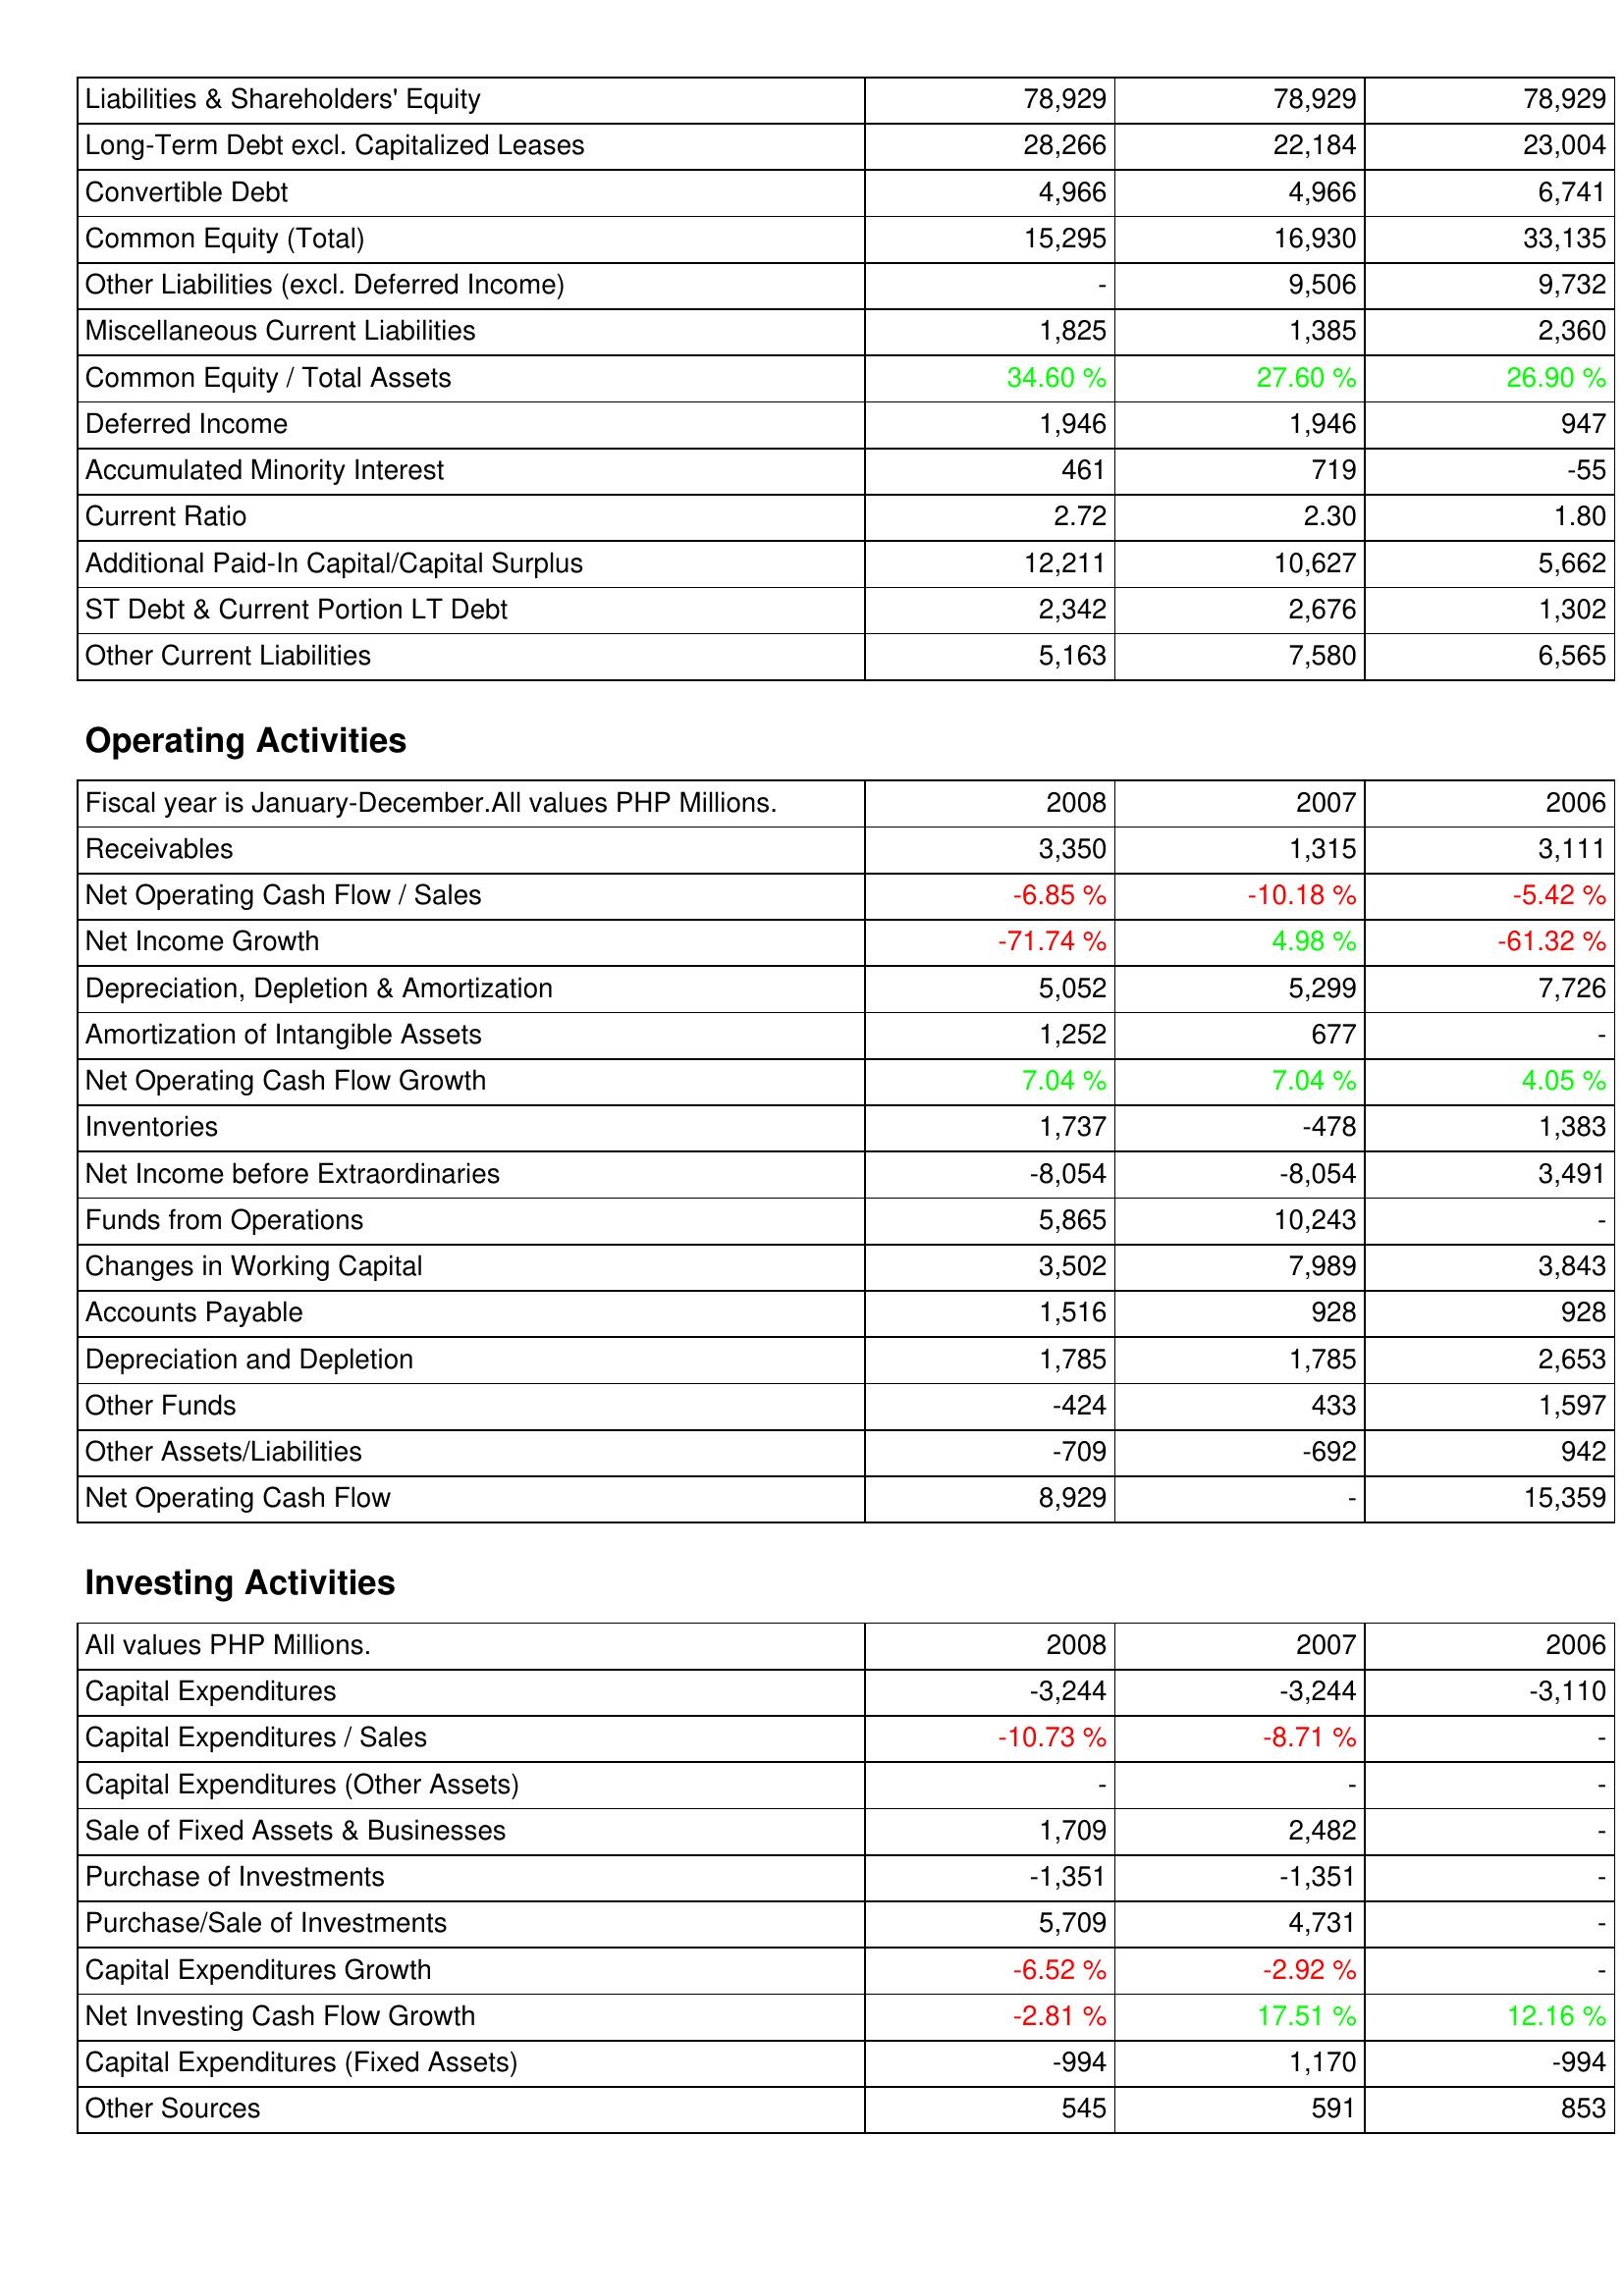
2008: Liabilities & Shareholders' Equity: Liabilities & Shareholders' Equity: 78,929
Long-Term Debt excl. Capitalized Leases: 28,266
Convertible Debt: 4,966
Common Equity (Total): 15,295
Other Liabilities (excl. Deferred Income): -
Miscellaneous Current Liabilities: 1,825
Common Equity / Total Assets: 34.60 %
Deferred Income: 1,946
Accumulated Minority Interest: 461
Current Ratio: 2.72
Additional Paid-In Capital/Capital Surplus: 12,211
ST Debt & Current Portion LT Debt: 2,342
Other Current Liabilities: 5,163
Operating Activities: Receivables: 3,350
Net Operating Cash Flow / Sales: -6.85 %
Net Income Growth: -71.74 %
Depreciation, Depletion & Amortization: 5,052
Amortization of Intangible Assets: 1,252
Net Operating Cash Flow Growth: 7.04 %
Inventories: 1,737
Net Income before Extraordinaries: -8,054
Funds from Operations: 5,865
Changes in Working Capital: 3,502
Accounts Payable: 1,516
Depreciation and Depletion: 1,785
Other Funds: -424
Other Assets/Liabilities: -709
Net Operating Cash Flow: 8,929
Investing Activities: Capital Expenditures: -3,244
Capital Expenditures / Sales: -10.73 %
Capital Expenditures (Other Assets): -
Sale of Fixed Assets & Businesses: 1,709
Purchase of Investments: -1,351
Purchase/Sale of Investments: 5,709
Capital Expenditures Growth: -6.52 %
Net Investing Cash Flow Growth: -2.81 %
Capital Expenditures (Fixed Assets): -994
Other Sources: 545
2007: Liabilities & Shareholders' Equity: Liabilities & Shareholders' Equity: 78,929
Long-Term Debt excl. Capitalized Leases: 22,184
Convertible Debt: 4,966
Common Equity (Total): 16,930
Other Liabilities (excl. Deferred Income): 9,506
Miscellaneous Current Liabilities: 1,385
Common Equity / Total Assets: 27.60 %
Deferred Income: 1,946
Accumulated Minority Interest: 719
Current Ratio: 2.30
Additional Paid-In Capital/Capital Surplus: 10,627
ST Debt & Current Portion LT Debt: 2,676
Other Current Liabilities: 7,580
Operating Activities: Receivables: 1,315
Net Operating Cash Flow / Sales: -10.18 %
Net Income Growth: 4.98 %
Depreciation, Depletion & Amortization: 5,299
Amortization of Intangible Assets: 677
Net Operating Cash Flow Growth: 7.04 %
Inventories: -478
Net Income before Extraordinaries: -8,054
Funds from Operations: 10,243
Changes in Working Capital: 7,989
Accounts Payable: 928
Depreciation and Depletion: 1,785
Other Funds: 433
Other Assets/Liabilities: -692
Net Operating Cash Flow: -
Investing Activities: Capital Expenditures: -3,244
Capital Expenditures / Sales: -8.71 %
Capital Expenditures (Other Assets): -
Sale of Fixed Assets & Businesses: 2,482
Purchase of Investments: -1,351
Purchase/Sale of Investments: 4,731
Capital Expenditures Growth: -2.92 %
Net Investing Cash Flow Growth: 17.51 %
Capital Expenditures (Fixed Assets): 1,170
Other Sources: 591
2006: Liabilities & Shareholders' Equity: Liabilities & Shareholders' Equity: 78,929
Long-Term Debt excl. Capitalized Leases: 23,004
Convertible Debt: 6,741
Common Equity (Total): 33,135
Other Liabilities (excl. Deferred Income): 9,732
Miscellaneous Current Liabilities: 2,360
Common Equity / Total Assets: 26.90 %
Deferred Income: 947
Accumulated Minority Interest: -55
Current Ratio: 1.80
Additional Paid-In Capital/Capital Surplus: 5,662
ST Debt & Current Portion LT Debt: 1,302
Other Current Liabilities: 6,565
Operating Activities: Receivables: 3,111
Net Operating Cash Flow / Sales: -5.42 %
Net Income Growth: -61.32 %
Depreciation, Depletion & Amortization: 7,726
Amortization of Intangible Assets: -
Net Operating Cash Flow Growth: 4.05 %
Inventories: 1,383
Net Income before Extraordinaries: 3,491
Funds from Operations: -
Changes in Working Capital: 3,843
Accounts Payable: 928
Depreciation and Depletion: 2,653
Other Funds: 1,597
Other Assets/Liabilities: 942
Net Operating Cash Flow: 15,359
Investing Activities: Capital Expenditures: -3,110
Capital Expenditures / Sales: -
Capital Expenditures (Other Assets): -
Sale of Fixed Assets & Businesses: -
Purchase of Investments: -
Purchase/Sale of Investments: -
Capital Expenditures Growth: -
Net Investing Cash Flow Growth: 12.16 %
Capital Expenditures (Fixed Assets): -994
Other Sources: 853